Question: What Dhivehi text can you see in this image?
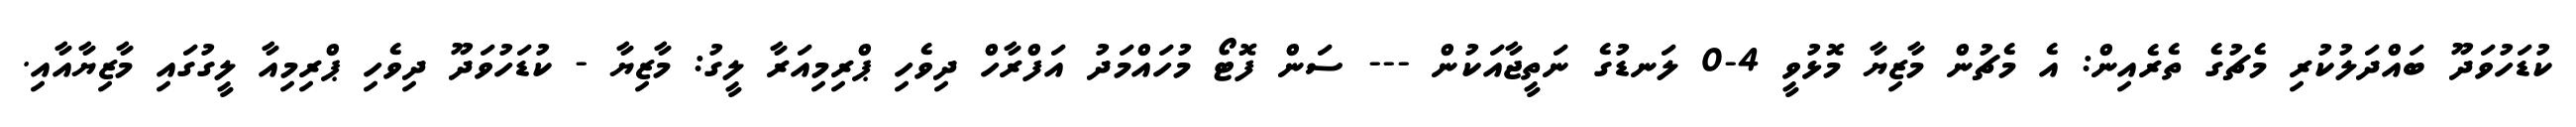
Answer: ކުޑަހުވަދޫ ބައްދަލުކުރި މެޗުގެ ތެރެއިން: އެ މެޗުން މާޒިޔާ މޮޅުވީ 4-0 ލަނޑުގެ ނަތީޖާއަކުން --- ސަން ފޮޓޯ މުހައްމަދު އަފްރާހް ދިވެހި ޕްރިމިއަރާ ލީގު: މާޒިޔާ - ކުޑަހުވަދޫ ދިވެހި ޕްރިމިއާ ލީގުގައި މާޒިޔާއާއި.